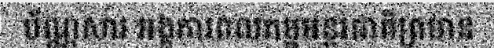
ប័ណ្ណសារ អង្គការពលកម្មអន្តរជាតិព្រមាន